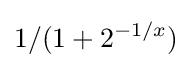
1/(1+2^{-1/x})